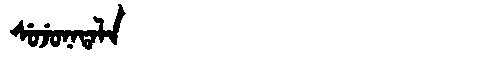
Manchu: ᠰᡠᠵᡠᠨᠠᡨᠠᠯᠠ
Romanization: SUJUNATALA